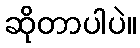
ဆိုတာပါပဲ။